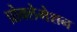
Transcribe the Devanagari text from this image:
प्रोक्लेमेशन